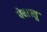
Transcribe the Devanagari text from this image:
वेदास्तु